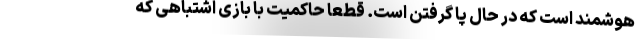
هوشمند است که در حال پا گرفتن است. قطعا حاکمیت با بازی اشتباهی که